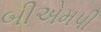
બીએમપી